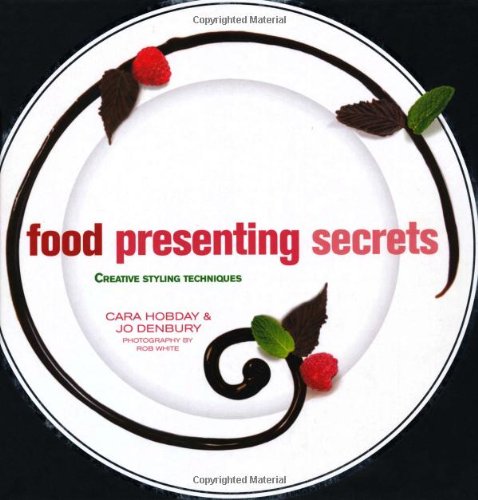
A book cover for Food Presenting Secrets: Creative Styling Techniques; Jo Denbury; Cookbooks, Food & Wine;